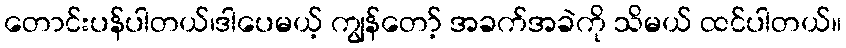
တောင်းပန်ပါတယ်၊ဒါပေမယ့် ကျွန်တော့် အခက်အခဲကို သိမယ် ထင်ပါတယ်။